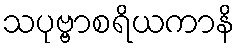
သပုဗ္ဗာစရိယကာနိ